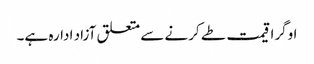
اوگرا قیمت طے کرنے سے متعلق آزاد ادارہ ہے۔